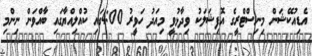
އެޑިއުކޭޝަން މިނިސްޓްރީގެ އޮފިޝަލަކު ވިދާޅުވީ މިއަދު ހަވީރު 4:00ގައި ކުއްލިއްޔާގައި ބާއްވަން ނިންމި